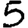
Digit: 5